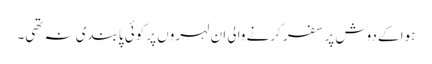
ہوا کے دوش پر سفر کرنے والی ان لہروں پر کوئی پابندی نہ تھی۔